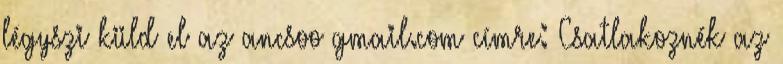
légyszi küld el az ancsoo gmail.com címre: Csatlakoznék az